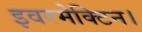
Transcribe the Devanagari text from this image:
इवरमेक्टिन।